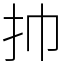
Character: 㧆